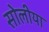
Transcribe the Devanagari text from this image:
सोलीया